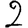
Digit: 2